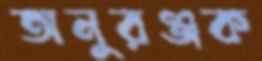
অনুরঞ্জক